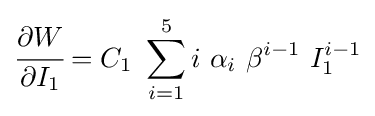
{\cfrac {\partial W}{\partial I_{1}}}=C_{1}~\sum _{i=1}^{5}i~\alpha _{i}~\beta ^{i-1}~I_{1}^{i-1}